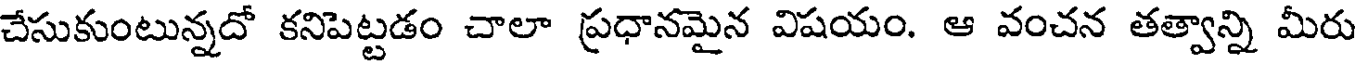
చేసుకుంటున్నదో కనిపెట్టడం చాలా ప్రధానమైన విషయం. ఆ వంచన తత్వాన్ని మీరు